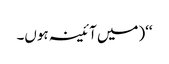
‘‘(میں آئینہ ہوں۔